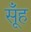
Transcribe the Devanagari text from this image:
सूँह